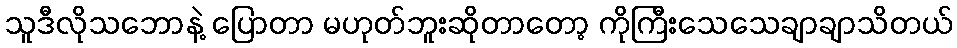
သူဒီလိုသဘောနဲ့ ပြောတာ မဟုတ်ဘူးဆိုတာတော့ ကိုကြီးသေသေချာချာသိတယ်